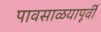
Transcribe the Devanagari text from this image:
पावसाळयापूर्वी